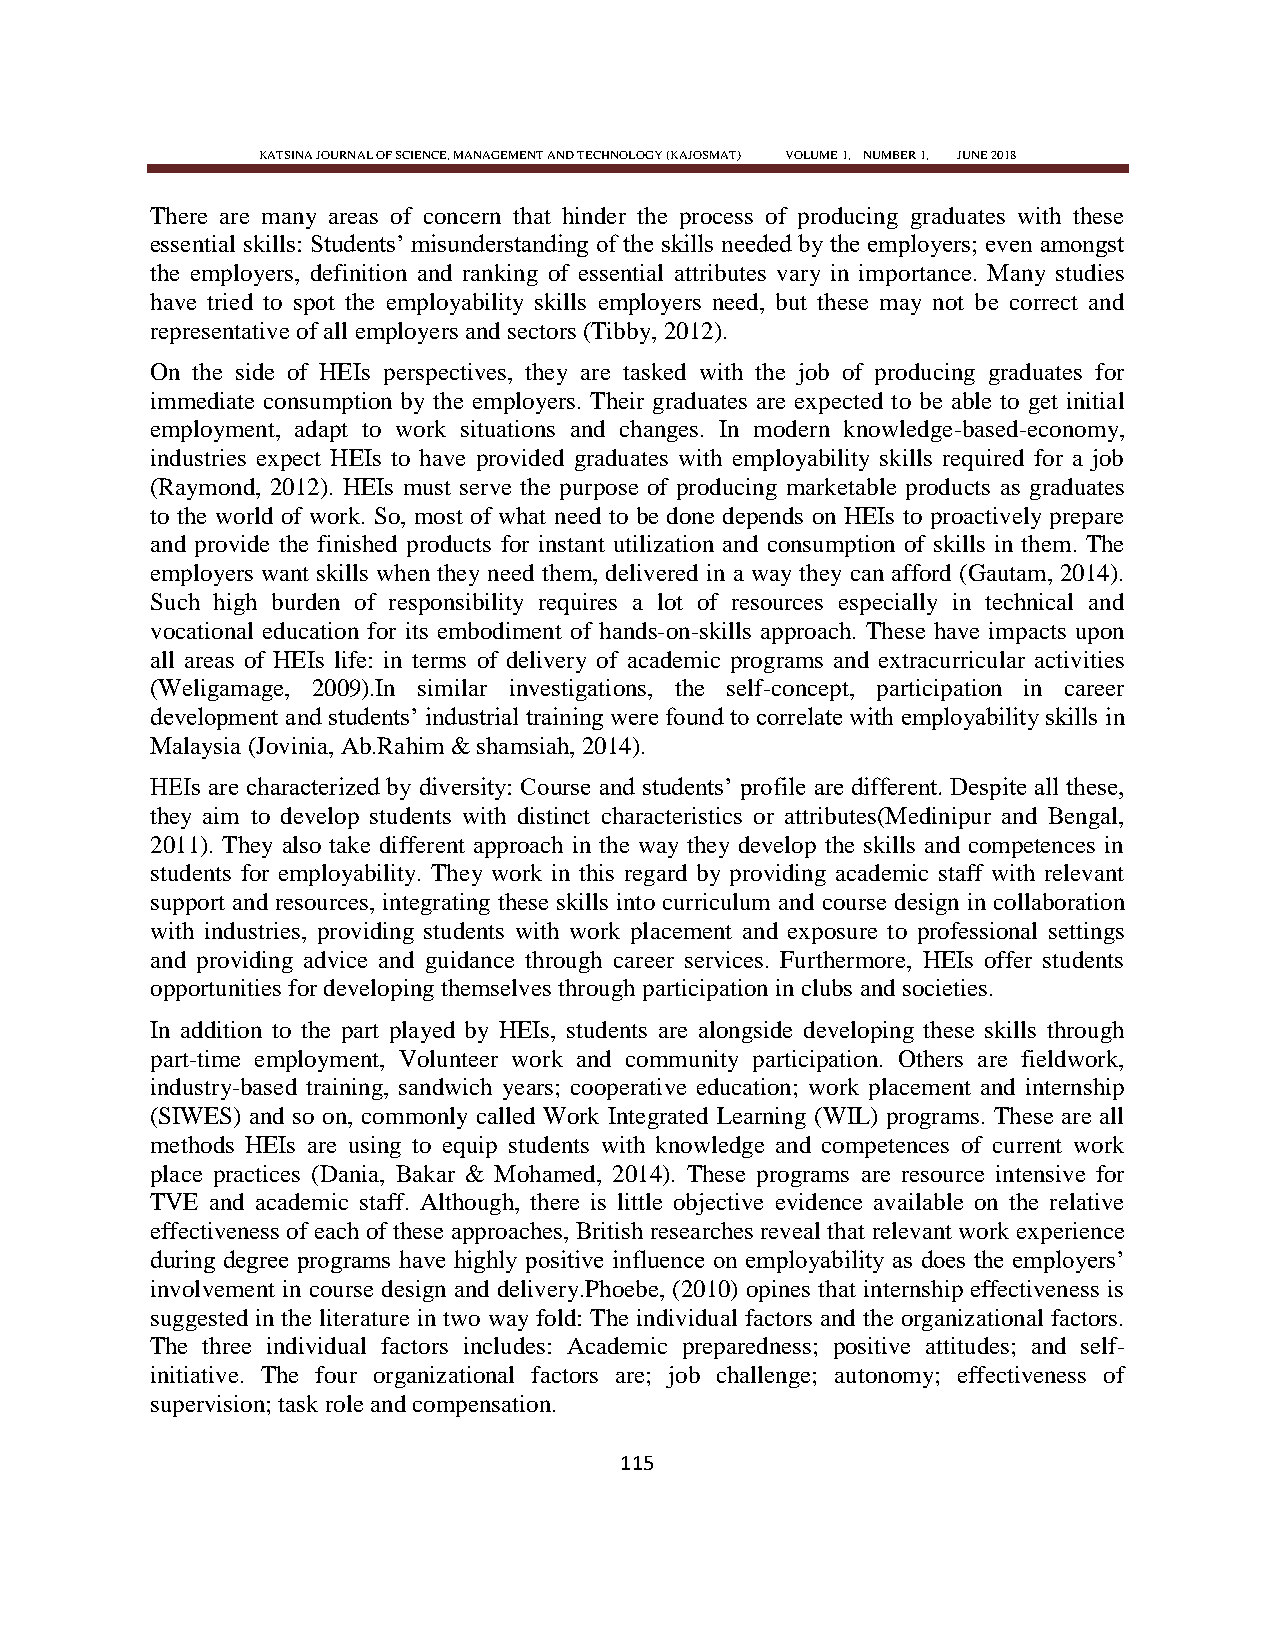
KATSINA JOURNAL OF SCIENCE, MANAGEMENT AND TECHNOLOGY (KAJOSMAT) VOLUME 1, NUMBER 1, JUNE 2018
 There are many areas of concern that hinder the process of producing graduates with these
 essential skills: Students‘ misunderstanding of the skills needed by the employers; even amongst
 the employers, definition and ranking of essential attributes vary in importance. Many studies
 have tried to spot the employability skills employers need, but these may not be correct and
 representative of all employers and sectors (Tibby, 2012).
 On the side of HEIs perspectives, they are tasked with the job of producing graduates for
 immediate consumption by the employers. Their graduates are expected to be able to get initial
 employment, adapt to work situations and changes. In modern knowledge-based-economy,
 industries expect HEIs to have provided graduates with employability skills required for a job
 (Raymond, 2012). HEIs must serve the purpose of producing marketable products as graduates
 to the world of work. So, most of what need to be done depends on HEIs to proactively prepare
 and provide the finished products for instant utilization and consumption of skills in them. The
 employers want skills when they need them, delivered in a way they can afford (Gautam, 2014).
 Such high burden of responsibility requires a lot of resources especially in technical and
 vocational education for its embodiment of hands-on-skills approach. These have impacts upon
 all areas of HEIs life: in terms of delivery of academic programs and extracurricular activities
 (Weligamage, 2009).In similar investigations, the self-concept, participation in career
 development and students‘ industrial training were found to correlate with employability skills in
 Malaysia (Jovinia, Ab.Rahim & shamsiah, 2014).
 HEIs are characterized by diversity: Course and students‘ profile are different. Despite all these,
 they aim to develop students with distinct characteristics or attributes(Medinipur and Bengal,
 2011). They also take different approach in the way they develop the skills and competences in
 students for employability. They work in this regard by providing academic staff with relevant
 support and resources, integrating these skills into curriculum and course design in collaboration
 with industries, providing students with work placement and exposure to professional settings
 and providing advice and guidance through career services. Furthermore, HEIs offer students
 opportunities for developing themselves through participation in clubs and societies.
 In addition to the part played by HEIs, students are alongside developing these skills through
 part-time employment, Volunteer work and community participation. Others are fieldwork,
 industry-based training, sandwich years; cooperative education; work placement and internship
 (SIWES) and so on, commonly called Work Integrated Learning (WIL) programs. These are all
 methods HEIs are using to equip students with knowledge and competences of current work
 place practices (Dania, Bakar & Mohamed, 2014). These programs are resource intensive for
 TVE and academic staff. Although, there is little objective evidence available on the relative
 effectiveness of each of these approaches, British researches reveal that relevant work experience
 during degree programs have highly positive influence on employability as does the employers‘
 involvement in course design and delivery.Phoebe, (2010) opines that internship effectiveness is
 suggested in the literature in two way fold: The individual factors and the organizational factors.
 The three individual factors includes: Academic preparedness; positive attitudes; and self-
 initiative. The four organizational factors are; job challenge; autonomy; effectiveness of
 supervision; task role and compensation.
 115